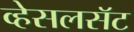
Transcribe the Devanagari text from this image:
व्हेसलसॅट